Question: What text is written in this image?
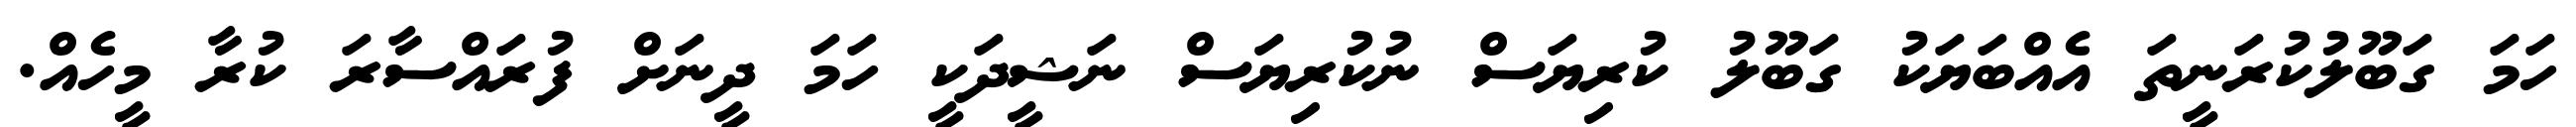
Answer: ހަމަ ގަބޫލުކުރަނީތަ އެއްބަޔަކު ގަބޫލު ކުރިޔަސް ނުކުރިޔަސް ނަޝީދަކީ ހަމަ ދީނަށް ފުރައްސާރަ ކުރާ މީހެއް.